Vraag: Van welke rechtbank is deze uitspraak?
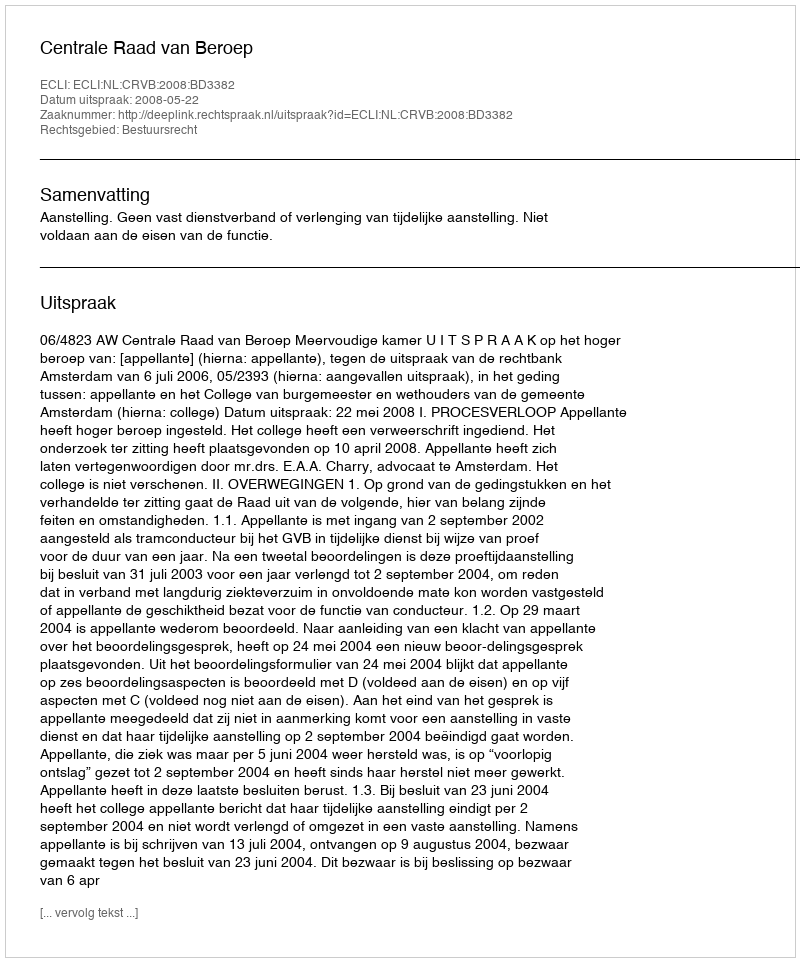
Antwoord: Centrale Raad van Beroep